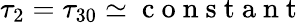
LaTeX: \tau_{2}=\tau_{30}\simeq\mathrm{~c~o~n~s~t~a~n~t~}